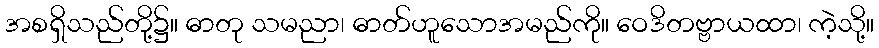
အစရှိသည်တို့၌။ ဓာတု သမညာ၊ ဓာတ်ဟူသောအမည်ကို။ ဝေဒိတဗ္ဗာယထာ၊ ကဲ့သို့။